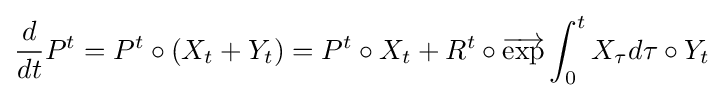
\displaystyle {{\frac {d}{dt}}P^{t}=P^{t}\circ (X_{t}+Y_{t})=P^{t}\circ X_{t}+R^{t}\circ {\overrightarrow {\mathrm {exp} }}\int _{0}^{t}X_{\tau }d\tau \circ Y_{t}}